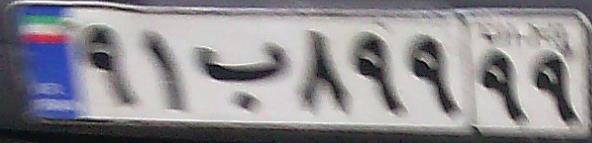
۹۱ب۸۹۹۹۹